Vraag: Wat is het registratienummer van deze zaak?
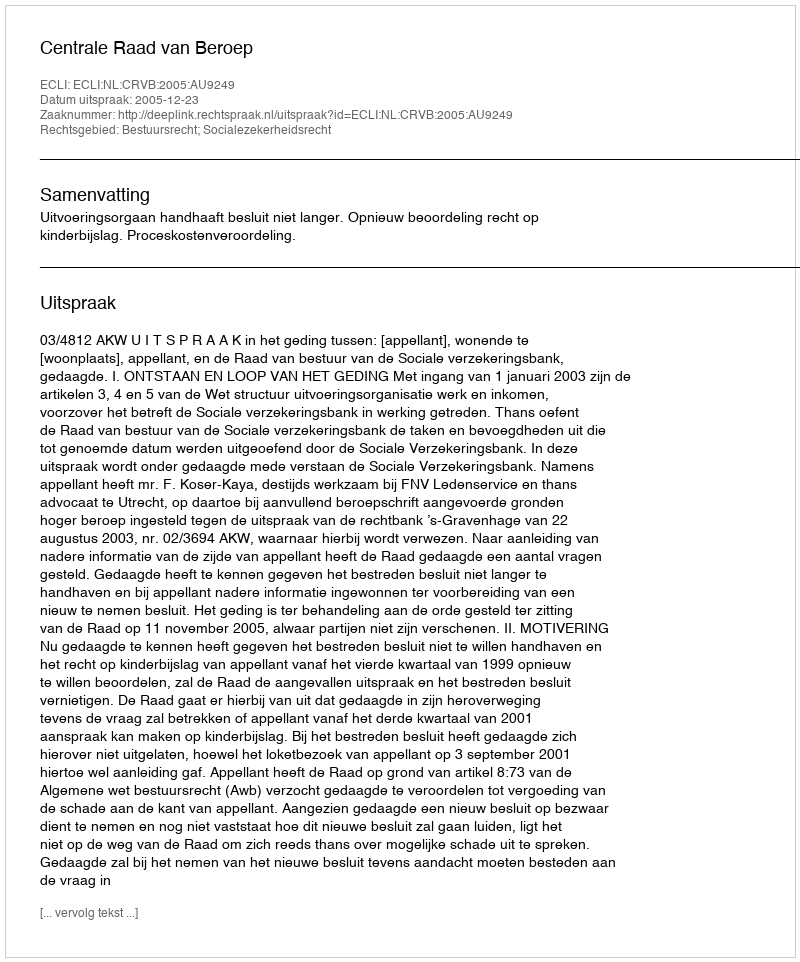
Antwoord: http://deeplink.rechtspraak.nl/uitspraak?id=ECLI:NL:CRVB:2005:AU9249